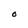
Character: O